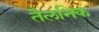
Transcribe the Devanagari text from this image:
तैलनिक